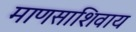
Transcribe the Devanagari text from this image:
माणसाशिवाय